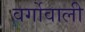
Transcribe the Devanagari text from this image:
वर्गोवाली